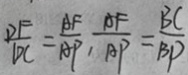
\frac { D F } { D C } = \frac { A F } { A P } , \frac { A F } { A P } = \frac { B C } { B P }